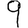
Digit: 9